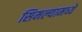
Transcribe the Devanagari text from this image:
सिमल्यामध्ये